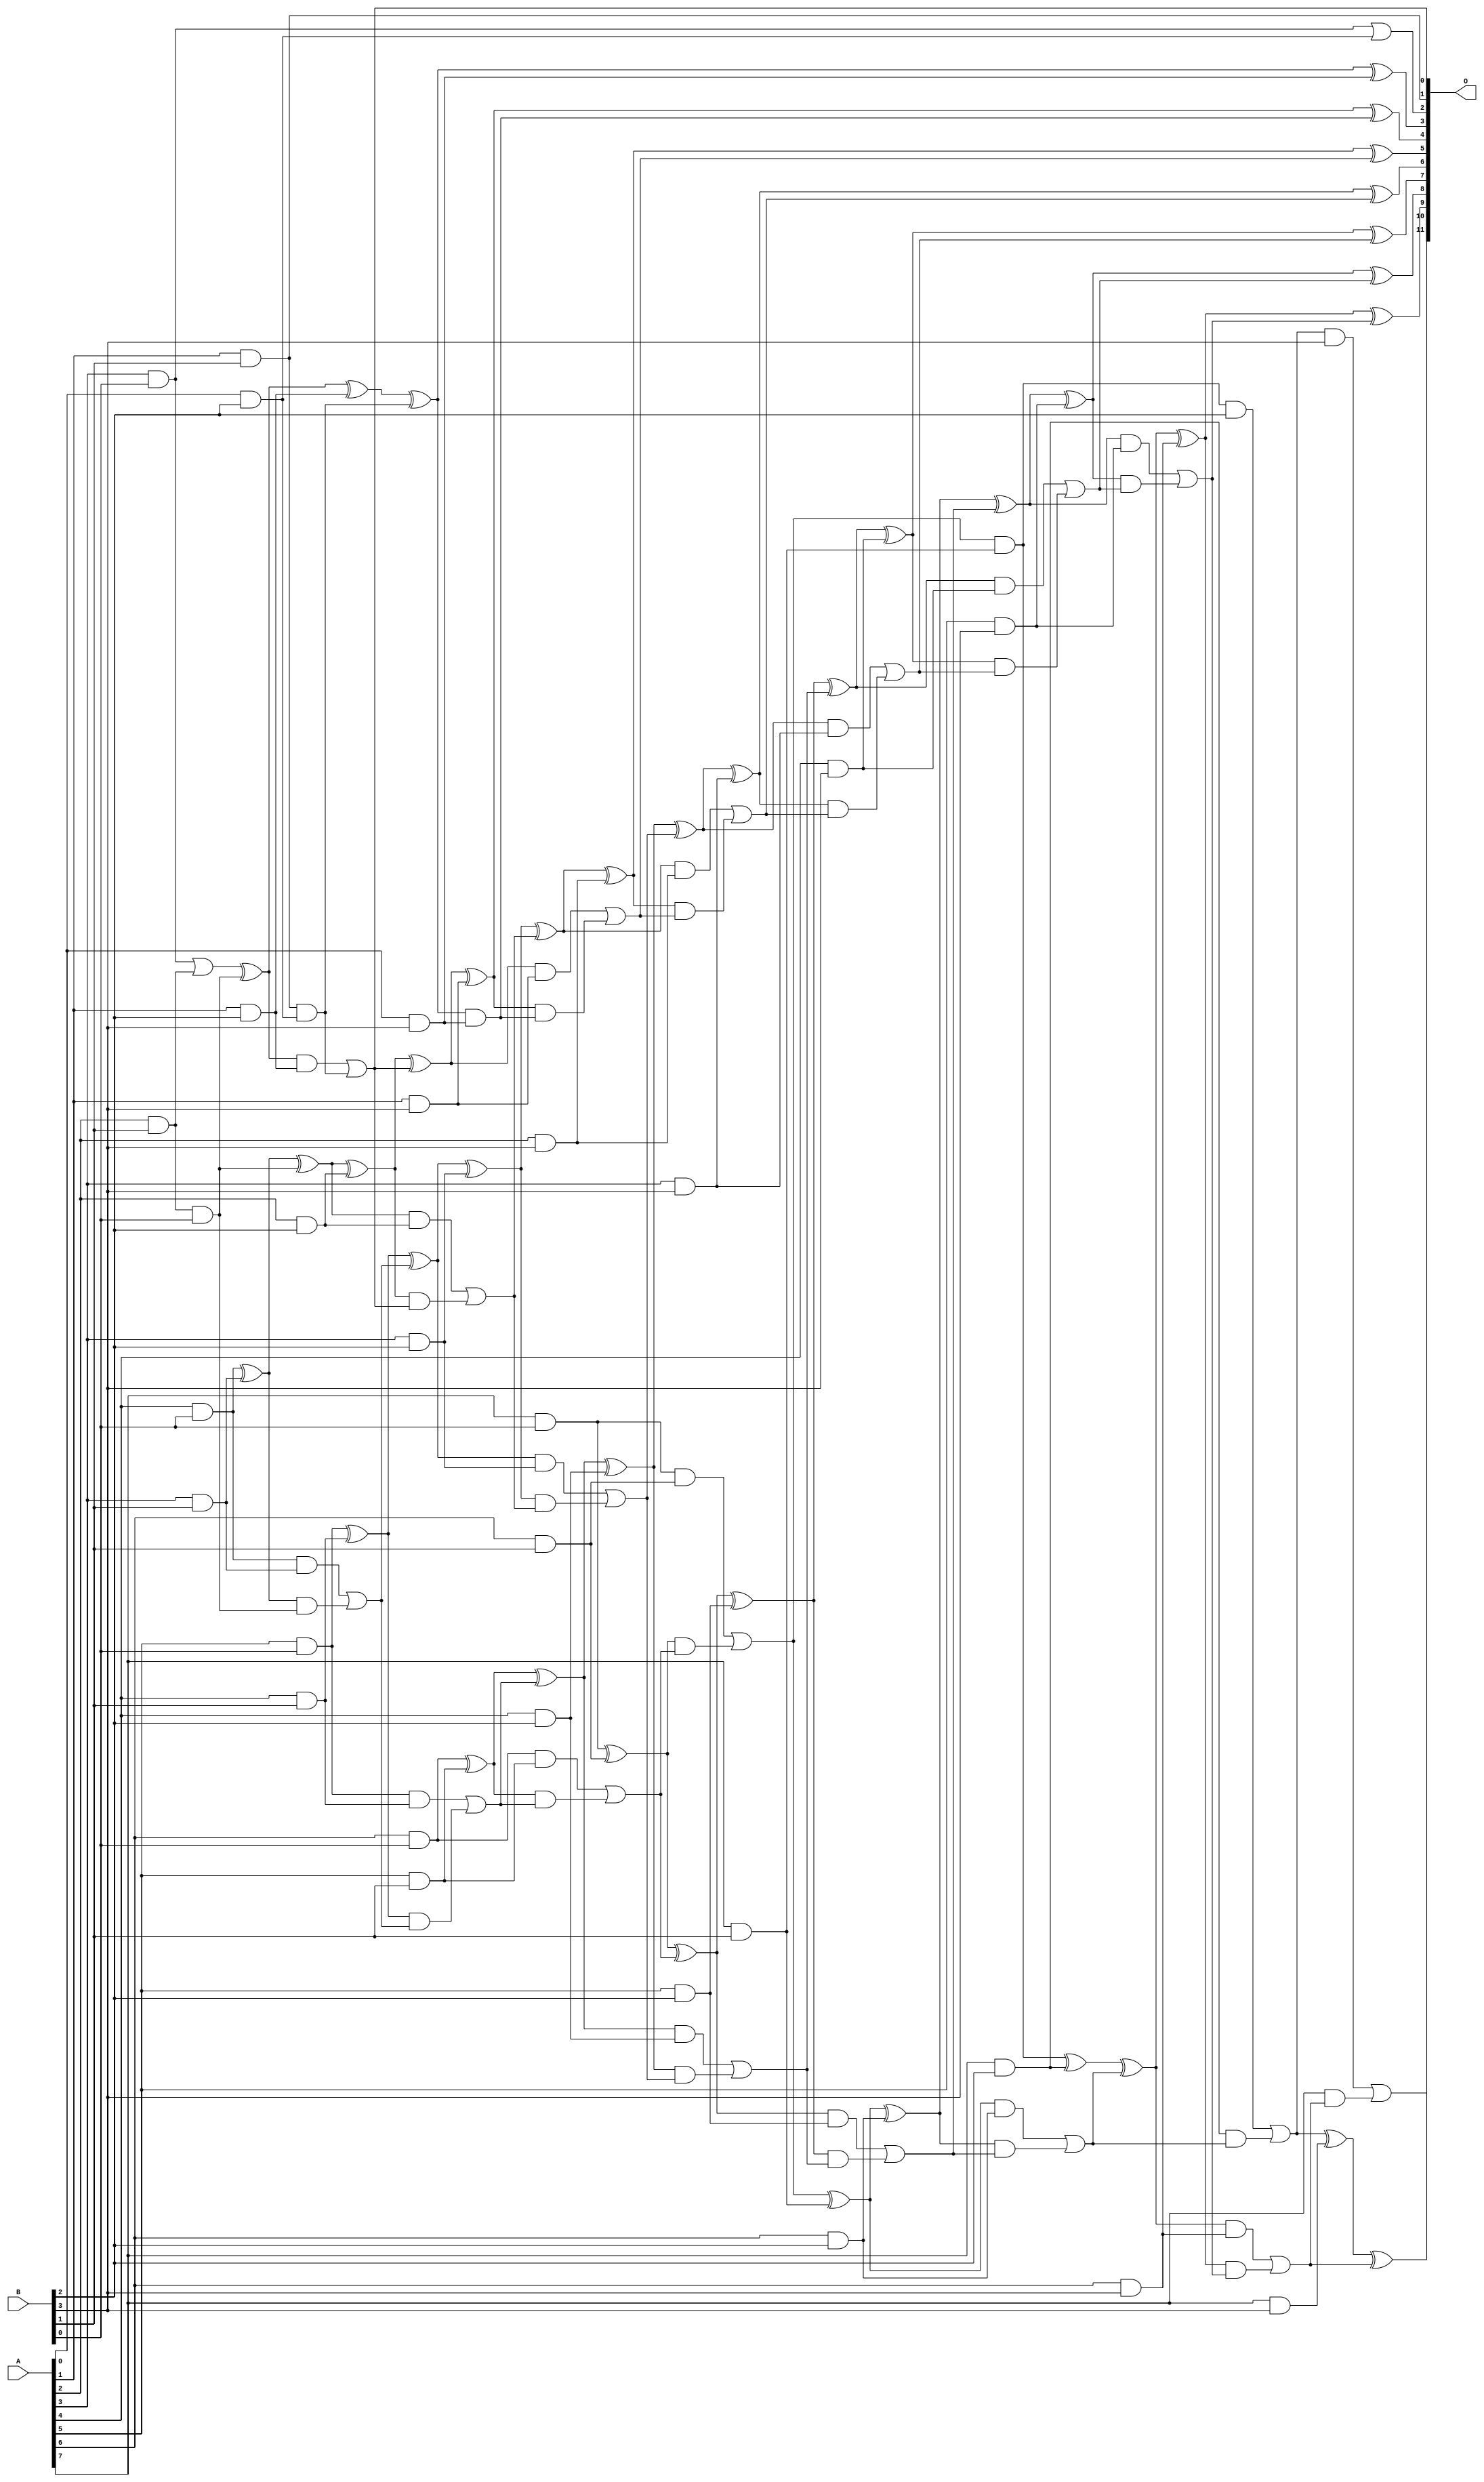
// This program was cloned from: https://github.com/ehw-fit/evoapproxlib
// License: MIT License

/***
* This code is a part of EvoApproxLib library (ehw.fit.vutbr.cz/approxlib) distributed under The MIT License.
* When used, please cite the following article(s): V. Mrazek, L. Sekanina, Z. Vasicek "Libraries of Approximate Circuits: Automated Design and Application in CNN Accelerators" IEEE Journal on Emerging and Selected Topics in Circuits and Systems, Vol 10, No 4, 2020 
* This file contains a circuit from a sub-set of pareto optimal circuits with respect to the pwr and mre parameters
***/
// MAE% = 0.047 %
// MAE = 1.9 
// WCE% = 0.17 %
// WCE = 7.0 
// WCRE% = 100.00 %
// EP% = 60.16 %
// MRE% = 1.18 %
// MSE = 8.0 
// PDK45_PWR = 0.120 mW
// PDK45_AREA = 288.6 um2
// PDK45_DELAY = 1.09 ns

module mul8x4u_30G (
    A,
    B,
    O
);

input [7:0] A;
input [3:0] B;
output [11:0] O;

wire sig_14,sig_15,sig_16,sig_17,sig_18,sig_19,sig_21,sig_22,sig_23,sig_24,sig_25,sig_26,sig_27,sig_31,sig_35,sig_36,sig_38,sig_40,sig_41,sig_42;
wire sig_43,sig_44,sig_45,sig_46,sig_47,sig_48,sig_49,sig_50,sig_51,sig_52,sig_53,sig_54,sig_55,sig_56,sig_57,sig_58,sig_59,sig_60,sig_61,sig_62;
wire sig_63,sig_64,sig_65,sig_66,sig_67,sig_68,sig_69,sig_70,sig_71,sig_72,sig_73,sig_75,sig_76,sig_77,sig_78,sig_79,sig_80,sig_81,sig_82,sig_83;
wire sig_84,sig_85,sig_86,sig_87,sig_88,sig_89,sig_90,sig_91,sig_92,sig_93,sig_94,sig_95,sig_96,sig_97,sig_98,sig_99,sig_100,sig_101,sig_102,sig_103;
wire sig_104,sig_105,sig_106,sig_107,sig_108,sig_109,sig_110,sig_111,sig_112,sig_113,sig_114,sig_115,sig_116,sig_117,sig_118,sig_119,sig_120,sig_121,sig_122,sig_123;
wire sig_124,sig_125,sig_126,sig_127,sig_128,sig_129,sig_130,sig_131,sig_132,sig_133,sig_134,sig_135,sig_136,sig_137,sig_138,sig_139,sig_140,sig_141,sig_142,sig_143;
wire sig_144,sig_145,sig_146,sig_147,sig_148,sig_149,sig_150,sig_151;

assign sig_14 = A[2] & B[1];
assign sig_15 = A[3] & B[0];
assign sig_16 = A[4] & B[0];
assign sig_17 = A[5] & B[0];
assign sig_18 = A[6] & B[0];
assign sig_19 = A[7] & B[0];
assign sig_21 = A[1] & B[1];
assign sig_22 = A[2] & B[1];
assign sig_23 = A[3] & B[1];
assign sig_24 = A[4] & B[1];
assign sig_25 = A[5] & B[1];
assign sig_26 = A[6] & B[1];
assign sig_27 = A[7] & B[1];
assign sig_31 = sig_14 & B[0];
assign sig_35 = sig_15 | sig_22;
assign sig_36 = B[0] & sig_22;
assign sig_38 = sig_35 ^ sig_31;
assign sig_40 = sig_16 ^ sig_23;
assign sig_41 = sig_16 & sig_23;
assign sig_42 = sig_40 & sig_36;
assign sig_43 = sig_40 ^ sig_36;
assign sig_44 = sig_41 | sig_42;
assign sig_45 = sig_17 ^ sig_24;
assign sig_46 = sig_17 & sig_24;
assign sig_47 = sig_45 & sig_44;
assign sig_48 = sig_45 ^ sig_44;
assign sig_49 = sig_46 | sig_47;
assign sig_50 = sig_18 ^ sig_25;
assign sig_51 = sig_18 & sig_25;
assign sig_52 = sig_50 & sig_49;
assign sig_53 = sig_50 ^ sig_49;
assign sig_54 = sig_51 | sig_52;
assign sig_55 = sig_19 ^ sig_26;
assign sig_56 = sig_19 & sig_26;
assign sig_57 = sig_55 & sig_54;
assign sig_58 = sig_55 ^ sig_54;
assign sig_59 = sig_56 | sig_57;
assign sig_60 = sig_59 & sig_27;
assign sig_61 = sig_59 ^ sig_27;
assign sig_62 = A[0] & B[2];
assign sig_63 = A[1] & B[2];
assign sig_64 = A[2] & B[2];
assign sig_65 = A[3] & B[2];
assign sig_66 = A[4] & B[2];
assign sig_67 = A[5] & B[2];
assign sig_68 = A[6] & B[2];
assign sig_69 = A[7] & B[2];
assign sig_70 = sig_21 & sig_62;
assign sig_71 = sig_15 | sig_62;
assign sig_72 = sig_38 ^ sig_63;
assign sig_73 = sig_38 & sig_63;
assign sig_75 = sig_72 ^ sig_70;
assign sig_76 = sig_73 | sig_70;
assign sig_77 = sig_43 ^ sig_64;
assign sig_78 = sig_43 & sig_64;
assign sig_79 = sig_77 & sig_76;
assign sig_80 = sig_77 ^ sig_76;
assign sig_81 = sig_78 | sig_79;
assign sig_82 = sig_48 ^ sig_65;
assign sig_83 = sig_48 & sig_65;
assign sig_84 = sig_82 & sig_81;
assign sig_85 = sig_82 ^ sig_81;
assign sig_86 = sig_83 | sig_84;
assign sig_87 = sig_53 ^ sig_66;
assign sig_88 = sig_53 & sig_66;
assign sig_89 = sig_87 & sig_86;
assign sig_90 = sig_87 ^ sig_86;
assign sig_91 = sig_88 | sig_89;
assign sig_92 = sig_58 ^ sig_67;
assign sig_93 = sig_58 & sig_67;
assign sig_94 = sig_92 & sig_91;
assign sig_95 = sig_92 ^ sig_91;
assign sig_96 = sig_93 | sig_94;
assign sig_97 = sig_61 ^ sig_68;
assign sig_98 = sig_61 & sig_68;
assign sig_99 = sig_97 & sig_96;
assign sig_100 = sig_97 ^ sig_96;
assign sig_101 = sig_98 | sig_99;
assign sig_102 = sig_60 ^ sig_69;
assign sig_103 = sig_60 & B[2];
assign sig_104 = sig_69 & sig_101;
assign sig_105 = sig_102 ^ sig_101;
assign sig_106 = sig_103 | sig_104;
assign sig_107 = A[0] & B[3];
assign sig_108 = A[1] & B[3];
assign sig_109 = A[2] & B[3];
assign sig_110 = A[3] & B[3];
assign sig_111 = A[4] & B[3];
assign sig_112 = A[5] & B[3];
assign sig_113 = A[6] & B[3];
assign sig_114 = A[7] & B[3];
assign sig_115 = sig_75 & sig_107;
assign sig_116 = sig_75 ^ sig_107;
assign sig_117 = sig_80 ^ sig_108;
assign sig_118 = sig_80 & sig_108;
assign sig_119 = sig_117 & sig_115;
assign sig_120 = sig_117 ^ sig_115;
assign sig_121 = sig_118 | sig_119;
assign sig_122 = sig_85 ^ sig_109;
assign sig_123 = sig_85 & sig_109;
assign sig_124 = sig_122 & sig_121;
assign sig_125 = sig_122 ^ sig_121;
assign sig_126 = sig_123 | sig_124;
assign sig_127 = sig_90 ^ sig_110;
assign sig_128 = sig_90 & sig_110;
assign sig_129 = sig_127 & sig_126;
assign sig_130 = sig_127 ^ sig_126;
assign sig_131 = sig_128 | sig_129;
assign sig_132 = sig_95 ^ sig_111;
assign sig_133 = sig_95 & sig_111;
assign sig_134 = sig_132 & sig_131;
assign sig_135 = sig_132 ^ sig_131;
assign sig_136 = sig_133 | sig_134;
assign sig_137 = sig_100 ^ sig_112;
assign sig_138 = sig_100 & sig_112;
assign sig_139 = sig_137 & sig_136;
assign sig_140 = sig_137 ^ sig_136;
assign sig_141 = sig_138 | sig_139;
assign sig_142 = sig_105 ^ sig_113;
assign sig_143 = sig_105 & sig_113;
assign sig_144 = sig_142 & sig_141;
assign sig_145 = sig_142 ^ sig_141;
assign sig_146 = sig_143 | sig_144;
assign sig_147 = sig_106 ^ sig_114;
assign sig_148 = sig_106 & B[3];
assign sig_149 = A[7] & sig_146;
assign sig_150 = sig_147 ^ sig_146;
assign sig_151 = sig_148 | sig_149;

assign O[11] = sig_151;
assign O[10] = sig_150;
assign O[9] = sig_145;
assign O[8] = sig_140;
assign O[7] = sig_135;
assign O[6] = sig_130;
assign O[5] = sig_125;
assign O[4] = sig_120;
assign O[3] = sig_116;
assign O[2] = sig_71;
assign O[1] = sig_21;
assign O[0] = sig_76;

endmodule